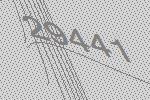
29441